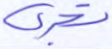
تجري